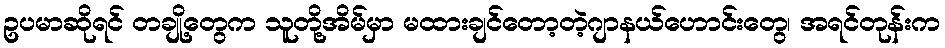
ဥပမာဆိုရင် တချို့တွေက သူတို့အိမ်မှာ မထားချင်တော့တဲ့ဂျာနယ်ဟောင်းတွေ၊ အရင်တုန်းက